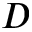
D